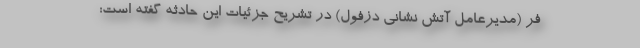
فر (مدیرعامل آتش نشانی دزفول) در تشریح جزئیات این حادثه گفته است: